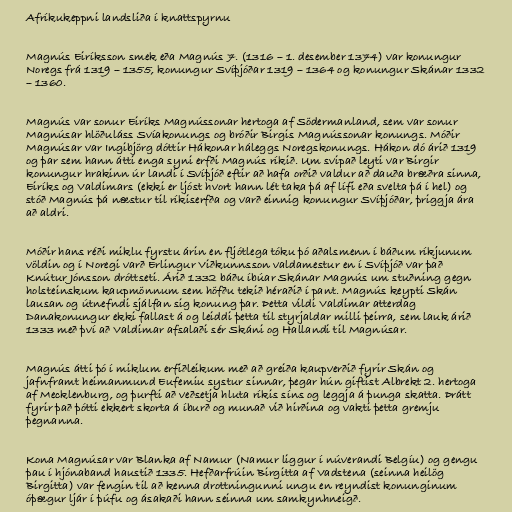
Afríkukeppni landsliða í knattspyrnu

Magnús Eiríksson smek eða Magnús 7. (1316 – 1. desember 1374) var konungur
Noregs frá 1319 – 1355, konungur Svíþjóðar 1319 – 1364 og konungur Skánar 1332
– 1360.

Magnús var sonur Eiríks Magnússonar hertoga af Södermanland, sem var sonur
Magnúsar hlöðuláss Svíakonungs og bróðir Birgis Magnússonar konungs. Móðir
Magnúsar var Ingibjörg dóttir Hákonar háleggs Noregskonungs. Hákon dó árið 1319
og þar sem hann átti enga syni erfði Magnús ríkið. Um svipað leyti var Birgir
konungur hrakinn úr landi í Svíþjóð eftir að hafa orðið valdur að dauða bræðra sinna,
Eiríks og Valdimars (ekki er ljóst hvort hann lét taka þá af lífi eða svelta þá í hel) og
stóð Magnús þá næstur til ríkiserfða og varð einnig konungur Svíþjóðar, þriggja ára
að aldri.

Móðir hans réði miklu fyrstu árin en fljótlega tóku þó aðalsmenn í báðum ríkjunum
völdin og í Noregi varð Erlingur Viðkunnsson valdamestur en í Svíþjóð var það
Knútur Jónsson dróttseti. Árið 1332 báðu íbúar Skánar Magnús um stuðning gegn
holsteinskum kaupmönnum sem höfðu tekið héraðið í pant. Magnús keypti Skán
lausan og útnefndi sjálfan sig konung þar. Þetta vildi Valdimar atterdag
Danakonungur ekki fallast á og leiddi þetta til styrjaldar milli þeirra, sem lauk árið
1333 með því að Valdimar afsalaði sér Skáni og Hallandi til Magnúsar.

Magnús átti þó í miklum erfiðleikum með að greiða kaupverðið fyrir Skán og
jafnframt heimanmund Eufemiu systur sinnar, þegar hún giftist Albrekt 2. hertoga
af Mecklenburg, og þurfti að veðsetja hluta ríkis síns og leggja á þunga skatta. Þrátt
fyrir það þótti ekkert skorta á íburð og munað við hirðina og vakti þetta gremju
þegnanna.

Kona Magnúsar var Blanka af Namur (Namur liggur í núverandi Belgíu) og gengu
þau í hjónaband haustið 1335. Hefðarfrúin Birgitta af Vadstena (seinna heilög
Birgitta) var fengin til að kenna drottningunni ungu en reyndist konunginum
óþægur ljár í þúfu og ásakaði hann seinna um samkynhneigð.